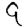
Digit: 9